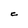
Character: C